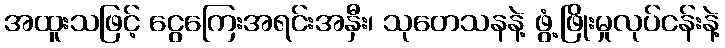
အထူးသဖြင့် ငွေကြေးအရင်းအနှီး၊ သုတေသနနဲ့ ဖွံ့ဖြိုးမှုလုပ်ငန်းနဲ့